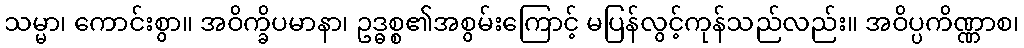
သမ္မာ၊ ကောင်းစွာ။ အဝိက္ခိပမာနာ၊ ဥဒ္ဓစ္စ၏အစွမ်းကြောင့် မပြန်လွင့်ကုန်သည်လည်း။ အဝိပ္ပကိဏ္ဏာစ၊